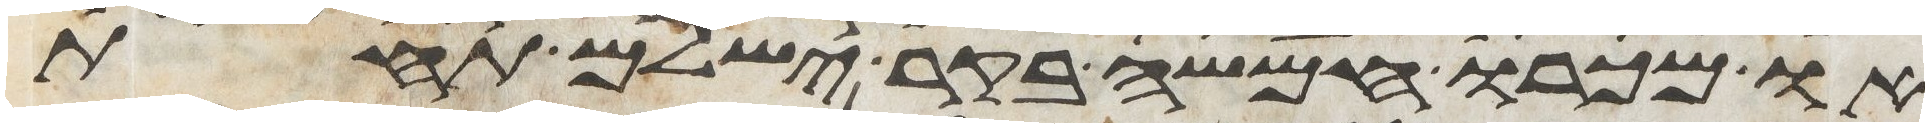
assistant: או מכרו חמשה בקר ישלם תחת